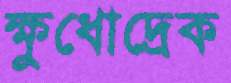
ক্ষুধোদ্রেক